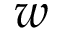
w